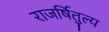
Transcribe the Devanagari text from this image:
राजर्षितुल्य